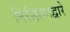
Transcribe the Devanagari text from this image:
निरीक्षणाद्वारे